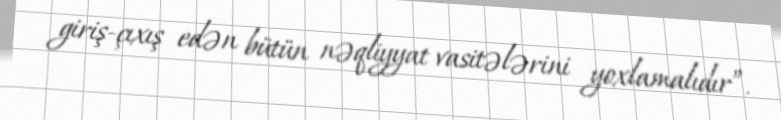
giriş-çıxış edən bütün nəqliyyat vasitələrini yoxlamalıdır”.